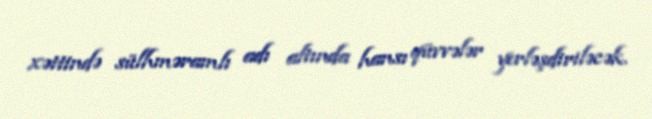
xəttində sülhməramlı adı altında hansı qüvvələr yerləşdiriləcək.